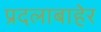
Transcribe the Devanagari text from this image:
प्रदलाबाहेर